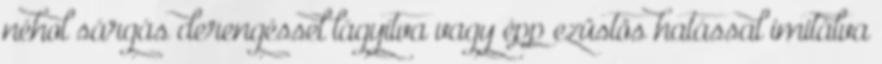
néhol sárgás derengéssel lágyítva vagy épp ezüstös hatással imitálva